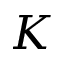
K